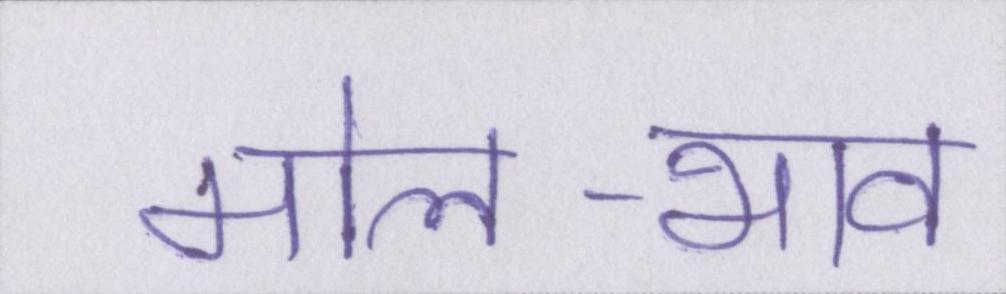
मोल-भाव